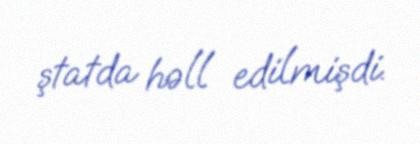
ştatda həll edilmişdi.